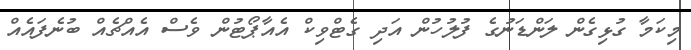
މިކަމާ ގުޅިގެން ލަންޑަނުގެ ފުލުހުން އަދި ގެޓްވިކް އެއާޕޯޓުން ވެސް އެއްޗެއް ބުނެފައެއް